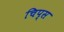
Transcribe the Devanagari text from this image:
चिप्‍स